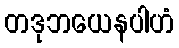
တဒုဘယေနပါဟံ